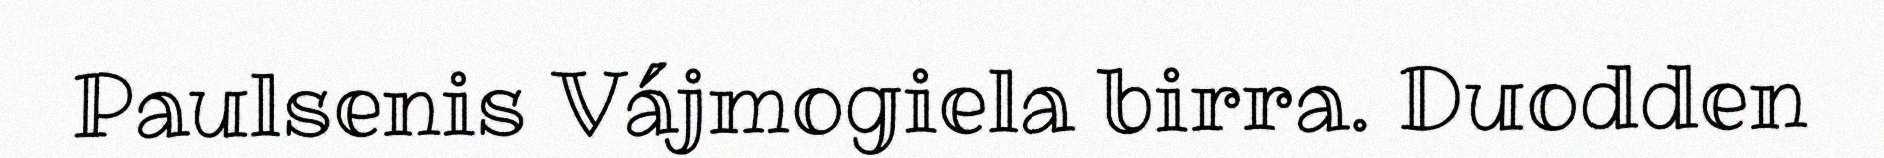
Paulsenis Vájmogiela birra. Duodden